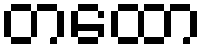
တထော